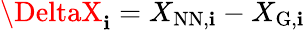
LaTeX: \DeltaX_{\mathbf{i}}=X_{\mathrm{{NN}},\mathbf{i}}-X_{\mathrm{{G}},\mathbf{i}}